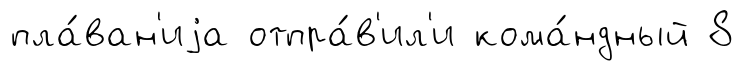
пла́ван'иjа отпра́в'ил'и кома́ндный 8